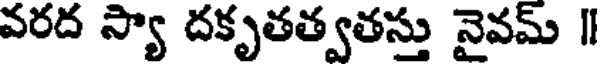
వరద స్యా దకృతత్వతస్తు నైవమ్ ॥